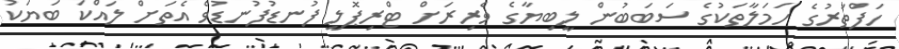
ހަފްތަރުގެ ހަމަލާތަކުގެ ސަބަބުން ލީބިޔާގެ ވެރިރަށް ޓްރިޕޮލީ ފުނޑުފުނޑުވެ އެތަށް ލައްކަ ބަޔަކު